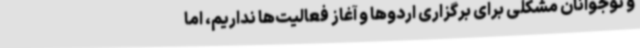
و نوجوانان مشکلی برای برگزاری اردوها و آغاز فعالیت‌ها نداریم، اما